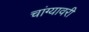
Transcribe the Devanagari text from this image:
चांग्यावरी